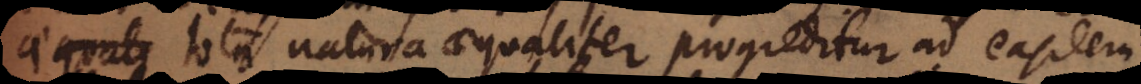
tota natura aequaliter progreditur ad easdem